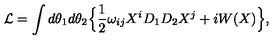
{ \cal L } = \int d \theta _ { 1 } d \theta _ { 2 } \Bigl \{ \frac { 1 } { 2 } \omega _ { i j } X ^ { i } D _ { 1 } D _ { 2 } X ^ { j } + i W ( X ) \Bigr \} ,